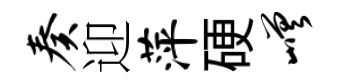
奏迎萍硬嵯